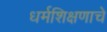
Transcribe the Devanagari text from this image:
धर्मशिक्षणाचे